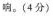
响。(4分)